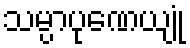
သမ္ပာပုဏေယျုံ